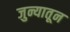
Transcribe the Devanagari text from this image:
जुन्यातून